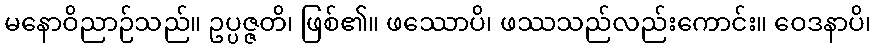
မနောဝိညာဉ်သည်။ ဥပ္ပဇ္ဇတိ၊ ဖြစ်၏။ ဖဿောပိ၊ ဖဿသည်လည်းကောင်း။ ဝေဒနာပိ၊